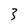
Character: 3